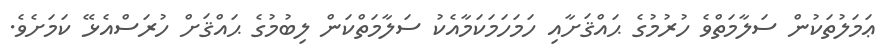
ޢަމަލުތަކުން ސަލާމަތްވެ ހުރުމުގެ ޙައްޤަށާއި ހަމަހަމަކަމާއެކު ސަލާމަތްކަން ލިބުމުގެ ޙައްޤަށް ހުރަސްއެޅޭ ކަމަށެވެ.